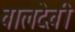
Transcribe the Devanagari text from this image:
वालदेवी